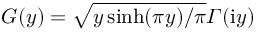
G ( y ) = \sqrt { y \sinh ( \pi y ) / \pi } \varGamma ( \mathrm { i } y )